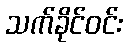
သက်ခိုင်ဝင်း